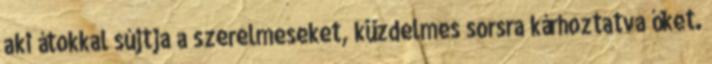
aki átokkal sújtja a szerelmeseket, küzdelmes sorsra kárhoztatva őket.